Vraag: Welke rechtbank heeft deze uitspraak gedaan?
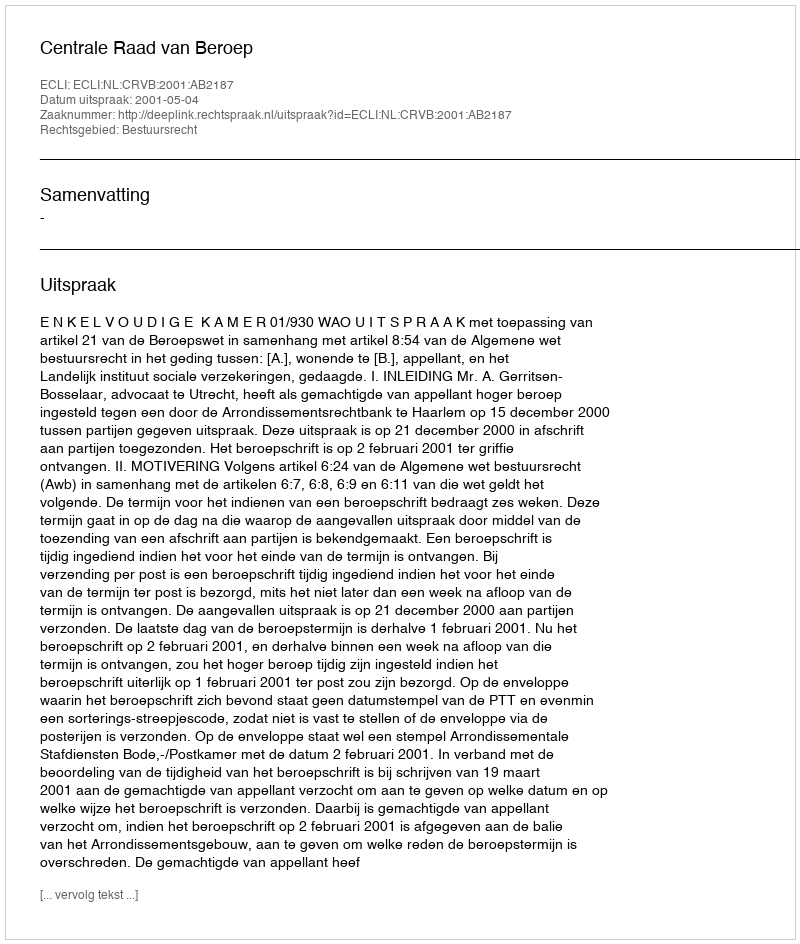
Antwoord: Centrale Raad van Beroep